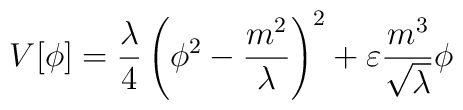
V[\phi] = \frac{\lambda}{4} \left(\phi ^2 - \frac{m^2}{\lambda}\right)^2 + \varepsilon  \frac {m^3} {\sqrt \lambda} \phi